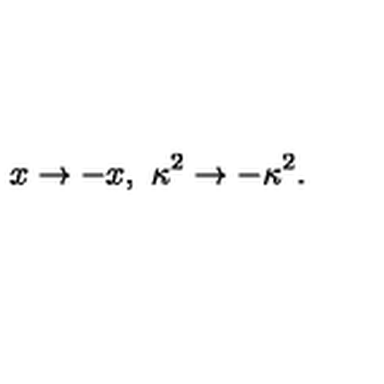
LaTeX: x \rightarrow - x , \ \kappa ^ { 2 } \rightarrow - \kappa ^ { 2 } .